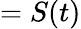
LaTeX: =S(t)